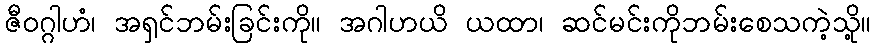
ဇီဝဂ္ဂါဟံ၊ အရှင်ဘမ်းခြင်းကို။ အဂါဟယိ ယထာ၊ ဆင်မင်းကိုဘမ်းစေသကဲ့သို့။